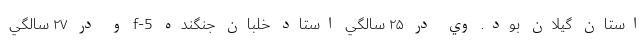
استان گيلان بود. وي در ۲۵ سالگي استاد خلبان جنگنده f-5 و در ۲۷ سالگي